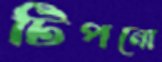
টিপনো